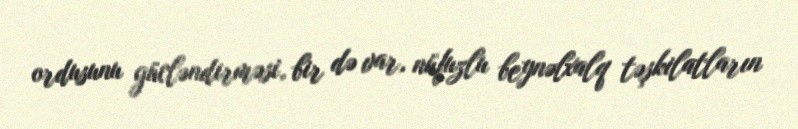
ordusunu gücləndirməsi, bir də var, nüfuzlu beynəlxalq təşkilatların